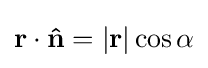
\mathbf {r} \cdot \mathbf {\hat {n}} =\left|\mathbf {r} \right|\cos \alpha \,\!